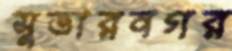
সুতারনগর